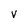
Character: v